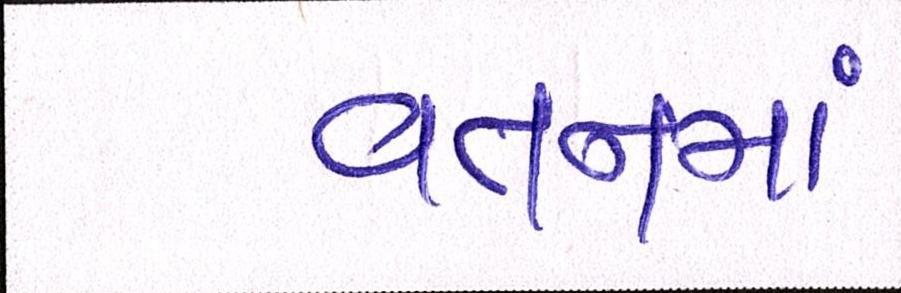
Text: વતનમાં